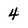
Character: 4